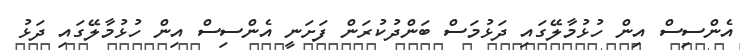
އެންސިސް އިން ހުޅުމާލޭގައި ދަޅުމަސް ބަންދުކުރަން ފަށަނީ އެންސިސް އިން ހުޅުމާލޭގައި ދަޅު